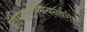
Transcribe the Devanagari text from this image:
हॅमिल्टोनियनवरील